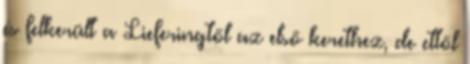
és felkerült a Lieferingtől az első kerethez, de ettől